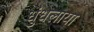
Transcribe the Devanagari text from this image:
धुंधलाया